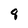
Character: 8